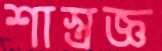
শাস্ত্রজ্ঞ